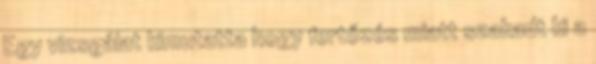
Egy vizsgálat kimutatta hogy fertőzés miatt szakadt ki a